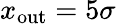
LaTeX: x_{\mathrm{out}}=5\sigma